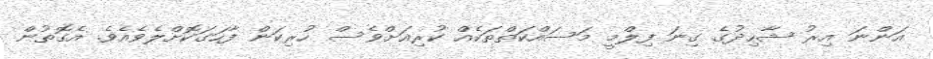
އަންނަ އިރު ޝާހިދުގެ ގިނަ ފިލްމީ މަސައްކަތްތަކެއް ކުރިއަށްވެސް ހުރިކަން ފާހަގަކޮށްލެވެއެވެ. އެގޮތުން